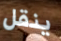
ينقل